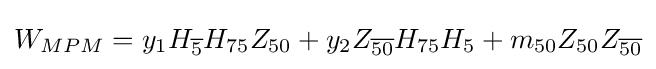
W_{MPM}=y_{1}H_{\overline {5}}H_{75}Z_{50}+y_{2}Z_{\overline {50}}H_{75}H_{5}+m_{50}Z_{50}Z_{\overline {50}}